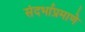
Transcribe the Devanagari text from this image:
संदर्भाप्रमाणे